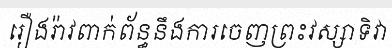
រឿងរ៉ាវពាក់ព័ន្ធនឹងការចេញព្រះវស្សាទិវា